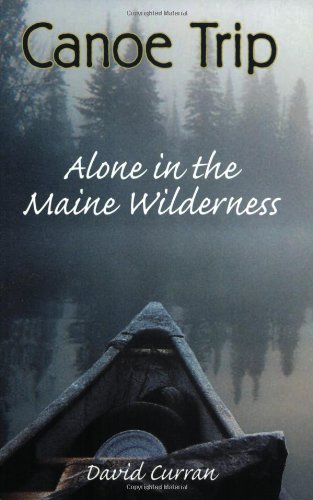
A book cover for Canoe Trip: Alone in the Maine Wilderness; David Curran; Travel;